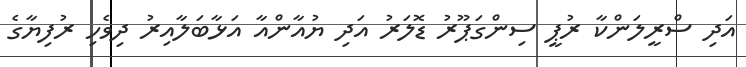
އަދި ސްރީލަންކާ ރުޕީ ސިންގަޕޫރު ޑޮލަރު އަދި ޔުއާންއާ އަޅާބަލާއިރު ދިވެހި ރުފިޔާގެ